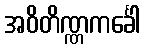
အဝိတိဏ္ဏကင်္ခေါ